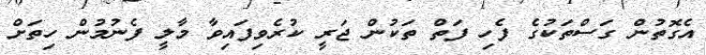
އެގޮތުން ގަސްތަކުގެ ފެހި ފަތް ތަކުން ޖަރީ ކުރެވިފައިވާ މާލީ ފެނުމުން ހިތަށް